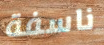
ناسفة